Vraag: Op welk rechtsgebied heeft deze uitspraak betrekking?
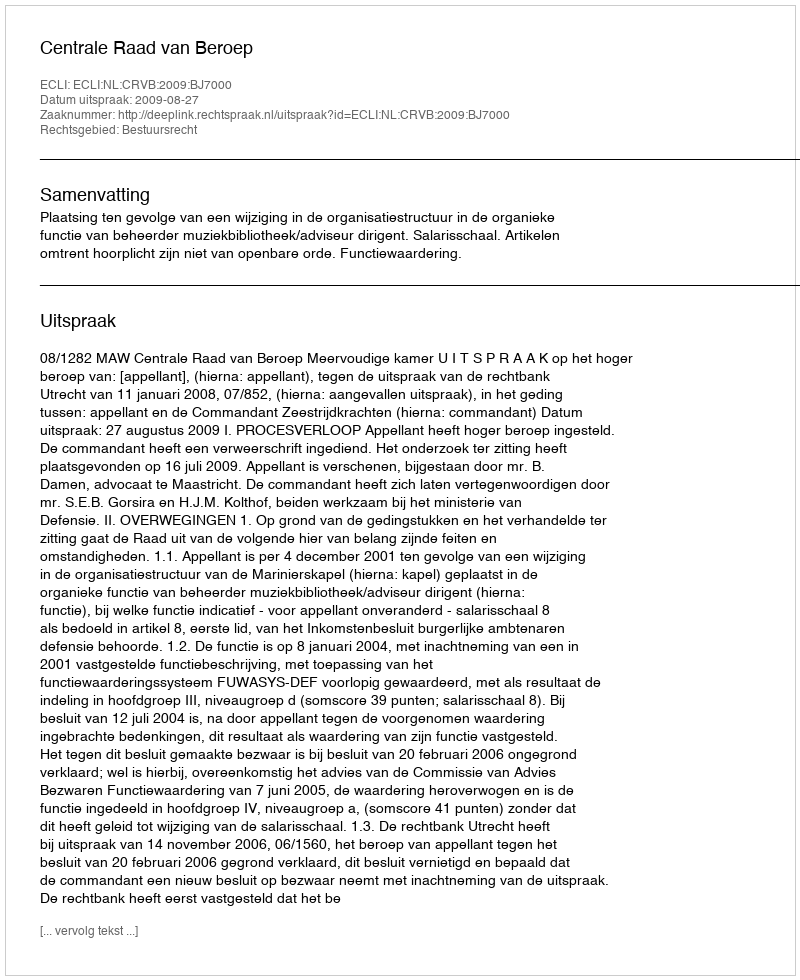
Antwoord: Bestuursrecht